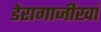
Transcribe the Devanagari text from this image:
डेरागाजीखां